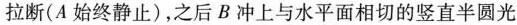
拉断( A 始终静止)，之后 B 冲上与水平面相切的竖直半圆光